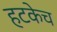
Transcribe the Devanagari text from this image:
हटकेच